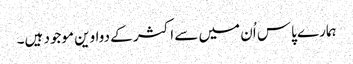
ہمارے پاس اُن میں سے اکثر کے دواوین موجود ہیں۔